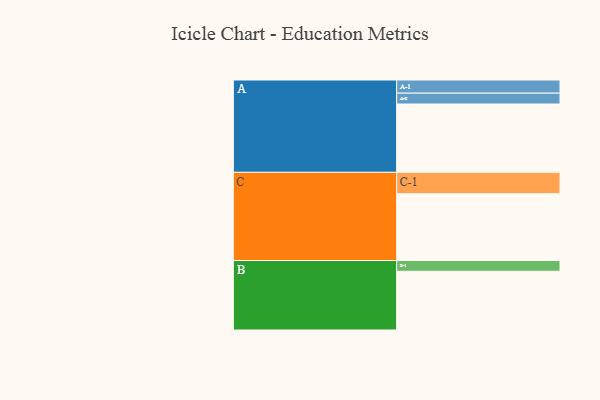
{"axis": {"x": "Segment", "y": "Value"}, "legend": ["", "A", "B", "C"], "data": [{"x": "A", "y": 577, "type": ""}, {"x": "B", "y": 496, "type": ""}, {"x": "C", "y": 565, "type": ""}, {"x": "A-1", "y": 111, "type": "A"}, {"x": "A-2", "y": 92, "type": "A"}, {"x": "B-1", "y": 91, "type": "B"}, {"x": "C-1", "y": 180, "type": "C"}]}